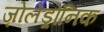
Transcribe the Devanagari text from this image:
ज़ोलेड्रोनिक